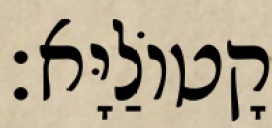
קָטוֹלַיָּא׃